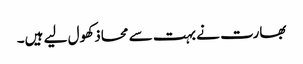
بھارت نے بہت سے محاذ کھول لیے ہیں۔